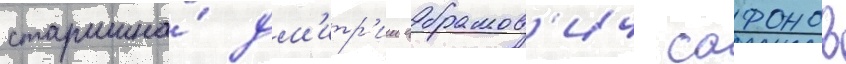
старшина́ дм'итр'ии абрамов'ич сафонов